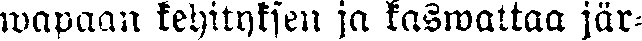
wapaan kehityksen ja kaswattaa jär-